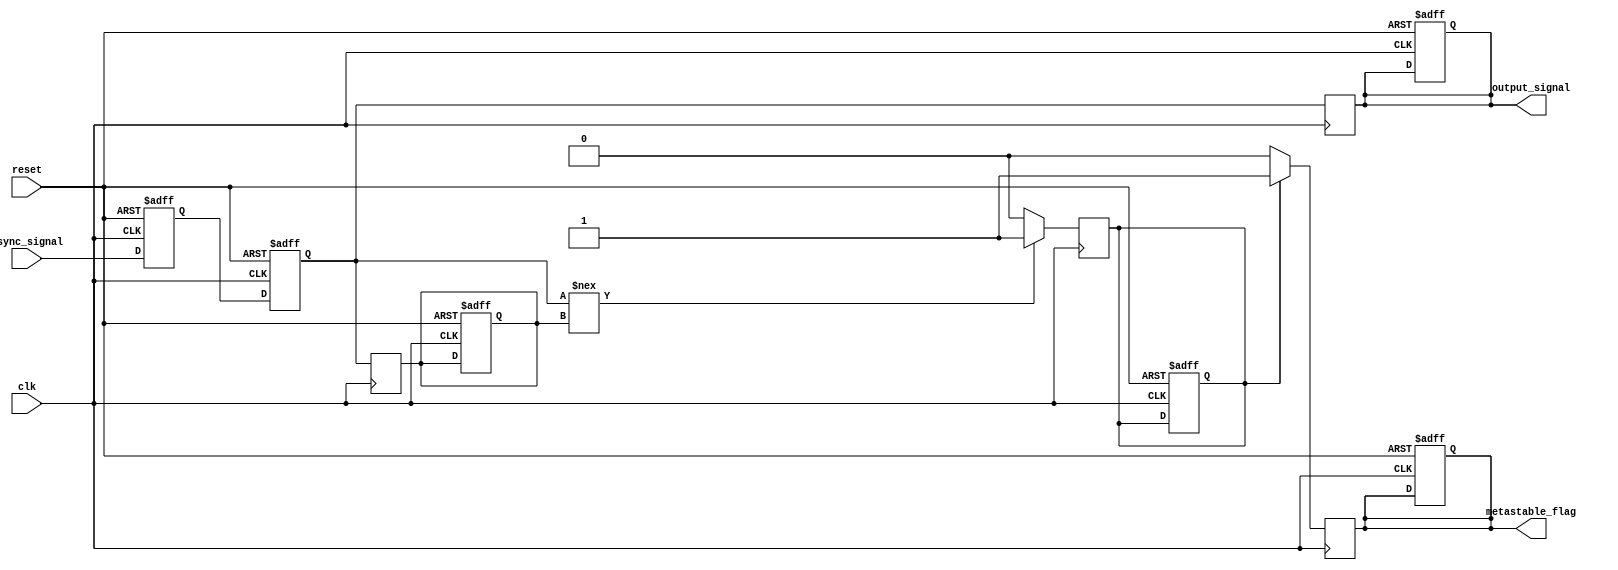
module metastability_detector (
    input wire clk,               // Clock signal
    input wire reset,             // Reset signal
    input wire async_signal,      // Asynchronous input signal
    output reg metastable_flag,   // Metastability detection indicator
    output reg output_signal       // Synchronized output
);

    // Internal signals
    reg sync1, sync2;
    reg prev_sync2;
    reg metastable_detected;

    // Synchronous reset and synchronization process
    always @(posedge clk or posedge reset) begin
        if (reset) begin
            sync1 <= 1'b0;
            sync2 <= 1'b0;
            metastable_flag <= 1'b0;
            output_signal <= 1'b0;
            prev_sync2 <= 1'b0;
            metastable_detected <= 1'b0;
        end else begin
            // First stage of synchronization
            sync1 <= async_signal;
            // Second stage of synchronization
            sync2 <= sync1;
        end
    end

    // Monitor for metastability conditions
    always @(posedge clk) begin
        // Detecting the metastability condition
        if (sync2 !== prev_sync2) begin
            metastable_detected <= 1'b1; // Indicate a change in the synchronized signal
        end else begin
            metastable_detected <= 1'b0;  // No metastability event
        end
        
        // Update the previous sync state
        prev_sync2 <= sync2;

        // Set the metastable_flag based on the metastability detected
        if (metastable_detected) begin
            metastable_flag <= 1'b1;      // Assert the flag when a change happens
        end else begin
            metastable_flag <= 1'b0;      // Clear the flag
        end
        
        // Assign the synchronized output
        output_signal <= sync2;
    end
endmodule